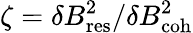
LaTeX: \zeta=\delta B_{\mathrm{res}}^{2}/\delta B_{\mathrm{coh}}^{2}